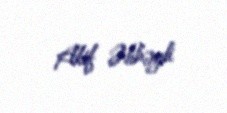
Akif Əlibəyli